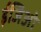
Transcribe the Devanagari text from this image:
ईजिओ